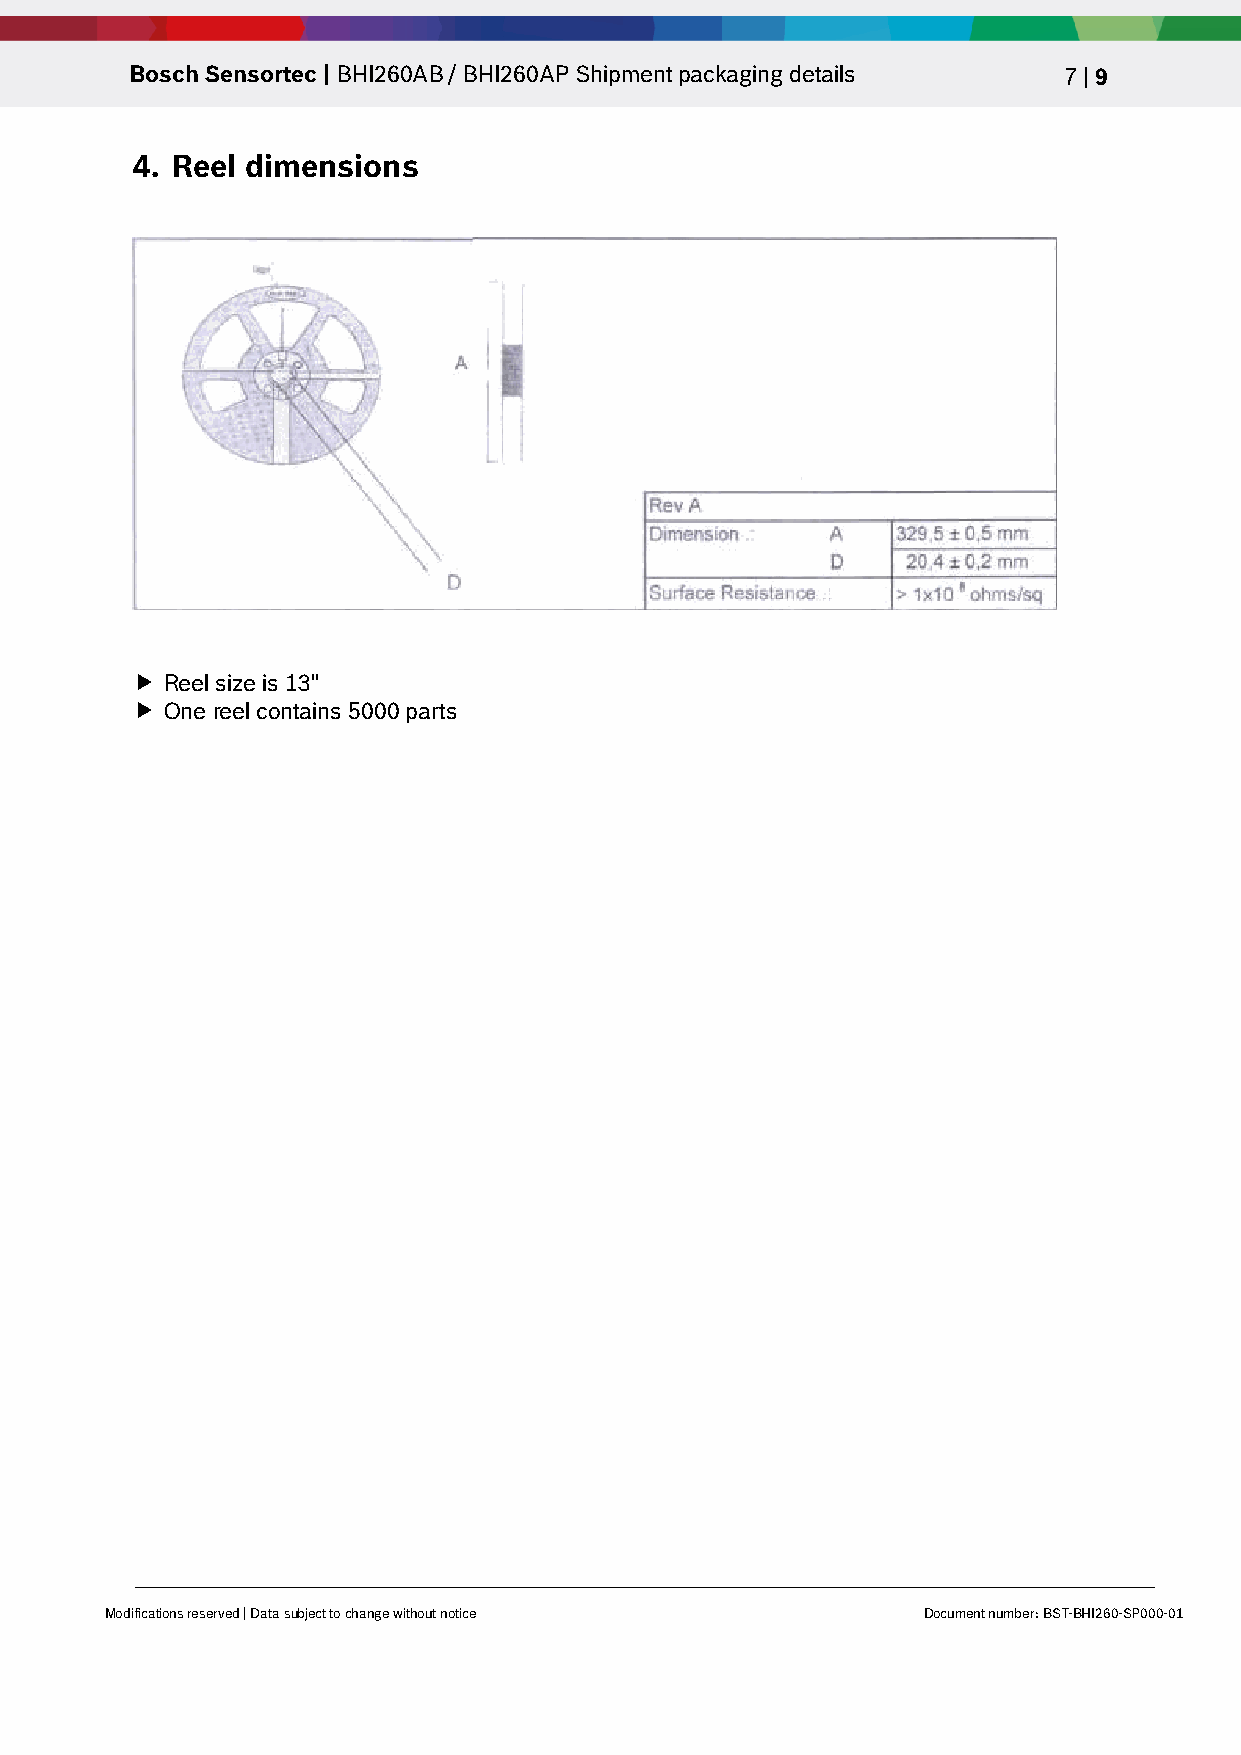
Bosch Sensortec | BHI260AB / BHI260AP Shipment packaging details 7 | 9
 4. Reel dimensions
  Reel size is 13".
  1 reel contains 6,000 parts
  Reel size is 13"
  One reel contains 5000 parts
 Modifications reserved | Data subject to change without notice Document number: BST-BHI260-SP000-01